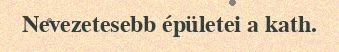
Nevezetesebb épületei a kath.